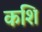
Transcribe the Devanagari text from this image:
कशि